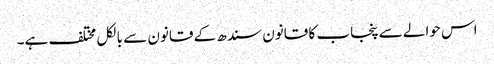
اس حوالے سے پنجاب کا قانون سندھ کے قانون سے بالکل مختلف ہے۔